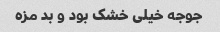
جوجه خیلی خشک بود و بد مزه